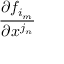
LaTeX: \frac { \partial f _ { i _ { m } } } { \partial x ^ { j _ { n } } }